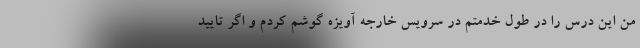
من این درس را در طول خدمتم در سرویس خارجه آویزه گوشم کردم و اگر تایید